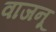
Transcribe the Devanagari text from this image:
वाजनू